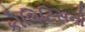
કોલિટિસનો